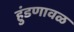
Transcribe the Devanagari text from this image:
हुंडणावळ